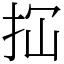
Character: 𢫏